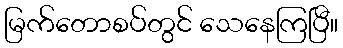
မြက်တောစပ်တွင် သေနေကြပြီ။